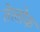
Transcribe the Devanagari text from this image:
तेलोक